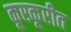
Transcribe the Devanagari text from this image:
कूरकूरीत